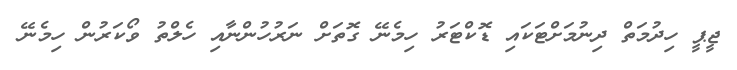
ޖީޕީ ހިދުމަތް ދިނުމަށްޓަކައި ޑޮކްޓަރު ހިމެނޭ ގޮތަށް ނަރުހުންނާއި ހެލްތު ވޯކަރުން ހިމެނޭ